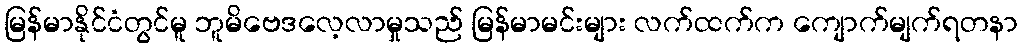
မြန်မာနိုင်ငံတွင်မူ ဘူမိဗေဒလေ့လာမှုသည် မြန်မာမင်းများ လက်ထက်က ကျောက်မျက်ရတနာ